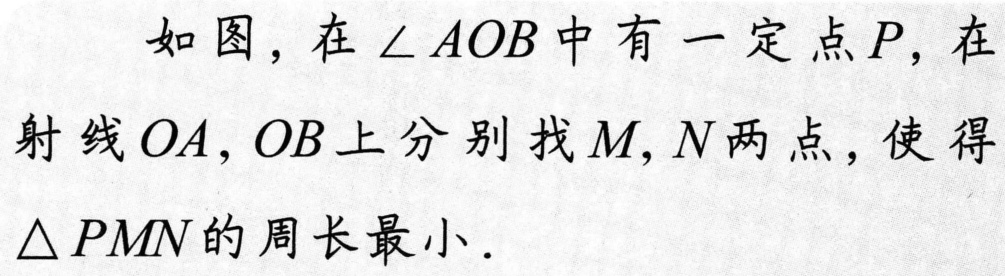
如图，在\(\angle AOB\)中有一定点\(P\)，在射线\(OA,OB\)上分别找\(M,N\)两点，使得\(\triangle PMN\)的周长最小.